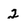
Character: 2